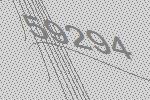
59294